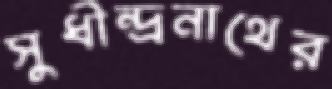
সুধীন্দ্রনাথের